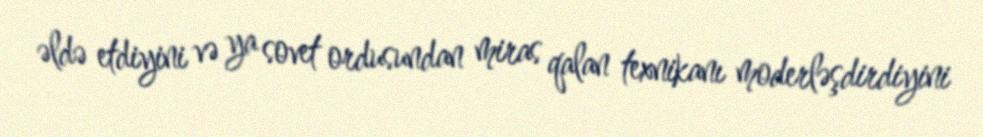
əldə etdiyini və ya sovet ordusundan miras qalan texnikanı moderləşdirdiyini